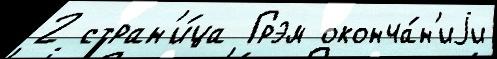
2 стран'и́ца Грэм оконча́н'иjи